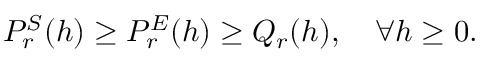
{ \cal P } _ { r } ^ { S } ( h ) \geq { \cal P } _ { r } ^ { E } ( h ) \geq { \cal Q } _ { r } ( h ) , \quad \forall h \geq 0 .